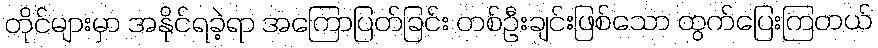
တိုင်များမှာ အနိုင်ရခဲ့ရာ အကြောပြတ်ခြင်း တစ်ဦးချင်းဖြစ်သော ထွက်ပြေးကြတယ်